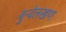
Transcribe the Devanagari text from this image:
बुन्देलखण